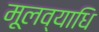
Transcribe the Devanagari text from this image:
मूलव्याधि